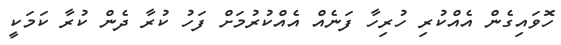
ހޮވައިގެން އެއްކުރި ހުރިހާ ފަނެއް އެއްކުރުމަށް ފަހު ކުރާ ދެން ކުރާ ކަމަކީ